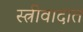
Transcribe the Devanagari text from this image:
स्त्रीवादात